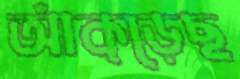
আঁক্‌ড়েছ